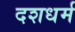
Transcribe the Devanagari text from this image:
दशधर्म